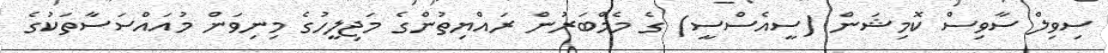
ސިވިލް ސާވިސް ކޮމިޝަން (ސީއެސްސީ) ގެ މެމްބަރުން ރައްޔިތުންގެ މަޖިލީހުގެ މިނިވަން މުއައްސަސާތަކުގެ